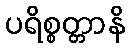
ပရိစ္စတ္တာနိ